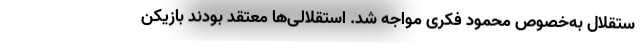
ستقلال به‌خصوص محمود فکری مواجه شد. استقلالی‌ها معتقد بودند بازیکن